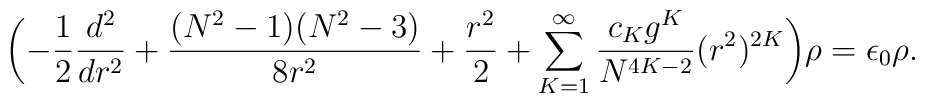
\biggl( -\frac{1}{2}\frac{d^2}{dr^2}+ \frac{(N^2 -1)(N^2 -3)}{8r^2}+ \frac{r^2}{2}+\sum_{K=1}^{\infty}\frac{c_K g^K}{N^{4K-2}}(r^2 )^{2K} \biggr ) \rho=\epsilon_0\rho .